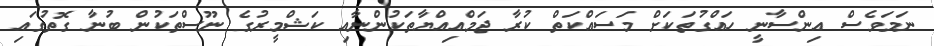
ނަމަވެސް އިންސާނީ ހައްގުތަކަށް މަސައްކަތް ކުރާ ޖަމްއިއްޔާތަކުންނާއި ކަޝްމީރުގެ ނޫސްތަކުން ބުނާ ގޮތުގައި